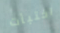
اختبأت